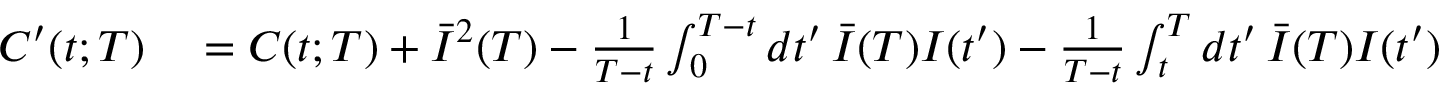
\begin{array} { r l } { C ^ { \prime } ( t ; T ) } & { { } = C ( t ; T ) + \bar { I } ^ { 2 } ( T ) - \frac { 1 } { T - t } \int _ { 0 } ^ { T - t } d t ^ { \prime } \, \bar { I } ( T ) I ( t ^ { \prime } ) - \frac { 1 } { T - t } \int _ { t } ^ { T } d t ^ { \prime } \, \bar { I } ( T ) I ( t ^ { \prime } ) } \end{array}